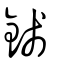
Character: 錢